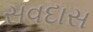
સવદાસ